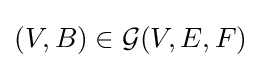
(V,B)\in {\mathcal {G}}(V,E,F)